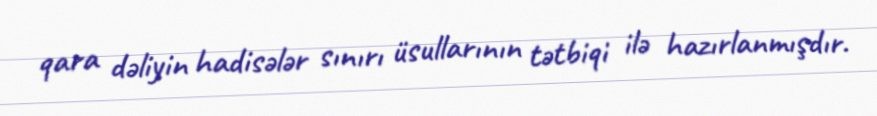
qara dəliyin hadisələr sınırı üsullarının tətbiqi ilə hazırlanmışdır.